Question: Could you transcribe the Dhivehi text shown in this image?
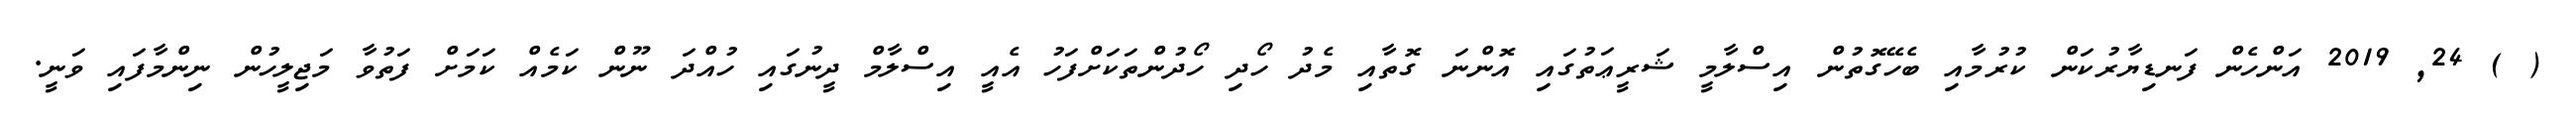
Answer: ( ) 24, 2019 އަންހެން ފަނޑިޔާރުކަން ކުރުމާއި ބެހޭގޮތުން އިސްލާމީ ޝަރީޢަތުގައި އޮންނަ ގޮތާއި މެދު ހޯދި ހޯދުންތަކަށްފަހު އެއީ އިސްލާމް ދީނުގައި ހުއްދަ ނޫން ކަމެއް ކަމަށް ފަތުވާ މަޖިލީހުން ނިންމާފައި ވަނީ.